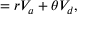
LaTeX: = r V _ { a } + \theta V _ { d } ,